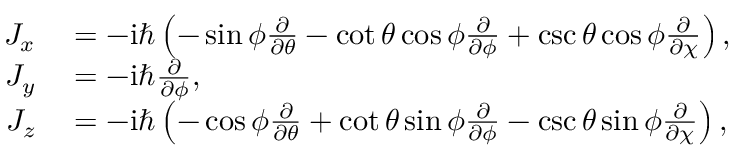
\begin{array} { r l } { J _ { x } } & { { } = - \mathrm { i } \hbar \left( - \sin \phi \frac { \partial } { \partial \theta } - \cot \theta \cos \phi \frac { \partial } { \partial \phi } + \csc \theta \cos \phi \frac { \partial } { \partial \chi } \right) , } \\ { J _ { y } } & { { } = - \mathrm { i } \hbar \frac { \partial } { \partial \phi } , } \\ { J _ { z } } & { { } = - \mathrm { i } \hbar \left( - \cos \phi \frac { \partial } { \partial \theta } + \cot \theta \sin \phi \frac { \partial } { \partial \phi } - \csc \theta \sin \phi \frac { \partial } { \partial \chi } \right) , } \end{array}